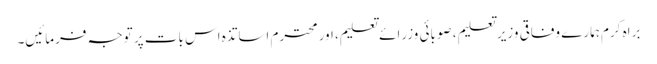
براہ کرم ہمارے وفاقی وزیر تعلیم، صوبائی وزرائے تعلیم، اور محترم اساتذہ اس بات پر توجہ فرمائیں۔